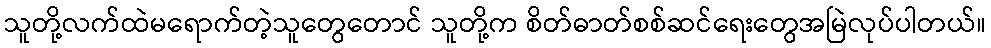
သူတို့လက်ထဲမရောက်တဲ့သူတွေတောင် သူတို့က စိတ်ဓာတ်စစ်ဆင်ရေးတွေအမြဲလုပ်ပါတယ်။